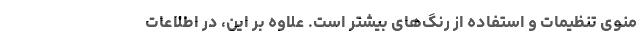
منوی تنظیمات و استفاده از رنگ‌های بیشتر است. علاوه بر این، در اطلاعات